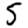
Digit: 5